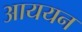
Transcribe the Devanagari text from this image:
आययन